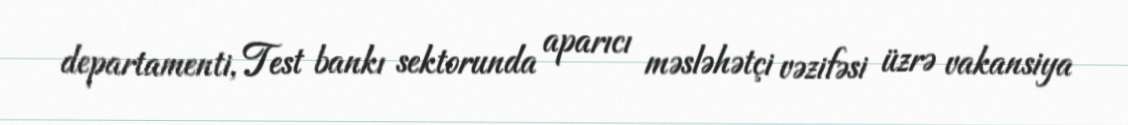
departamenti, Test bankı sektorunda aparıcı məsləhətçi vəzifəsi üzrə vakansiya